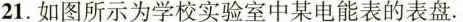
21.如图所示为学校实验室中某电能表的表盘。